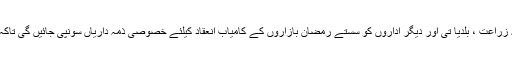
انہوںنے بتایاکہ محکمہ خوراک ، مارکیٹ کمیٹی ، محکمہ زراعت ، بلدیا تی اور دیگر اداروں کو سستے رمضان بازاروں کے کامیاب انعقاد کیلئے خصوصی ذمہ داریاں سونپی جائیں گی تاکہ ماہ صیام کے دوران شہریوں کو بھرپور ریلیف مل سکے۔